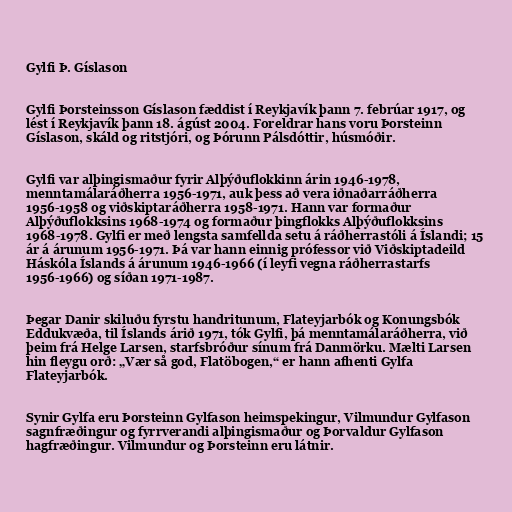
Gylfi Þ. Gíslason

Gylfi Þorsteinsson Gíslason fæddist í Reykjavík þann 7. febrúar 1917, og
lést í Reykjavík þann 18. ágúst 2004. Foreldrar hans voru Þorsteinn
Gíslason, skáld og ritstjóri, og Þórunn Pálsdóttir, húsmóðir.

Gylfi var alþingismaður fyrir Alþýðuflokkinn árin 1946-1978,
menntamálaráðherra 1956-1971, auk þess að vera iðnaðarráðherra
1956-1958 og viðskiptaráðherra 1958-1971. Hann var formaður
Alþýðuflokksins 1968-1974 og formaður þingflokks Alþýðuflokksins
1968-1978. Gylfi er með lengsta samfellda setu á ráðherrastóli á Íslandi; 15
ár á árunum 1956-1971. Þá var hann einnig prófessor við Viðskiptadeild
Háskóla Íslands á árunum 1946-1966 (í leyfi vegna ráðherrastarfs
1956-1966) og síðan 1971-1987.

Þegar Danir skiluðu fyrstu handritunum, Flateyjarbók og Konungsbók
Eddukvæða, til Íslands árið 1971, tók Gylfi, þá menntamálaráðherra, við
þeim frá Helge Larsen, starfsbróður sínum frá Danmörku. Mælti Larsen
hin fleygu orð: „Vær så god, Flatöbogen,“ er hann afhenti Gylfa
Flateyjarbók.

Synir Gylfa eru Þorsteinn Gylfason heimspekingur, Vilmundur Gylfason
sagnfræðingur og fyrrverandi alþingismaður og Þorvaldur Gylfason
hagfræðingur. Vilmundur og Þorsteinn eru látnir.